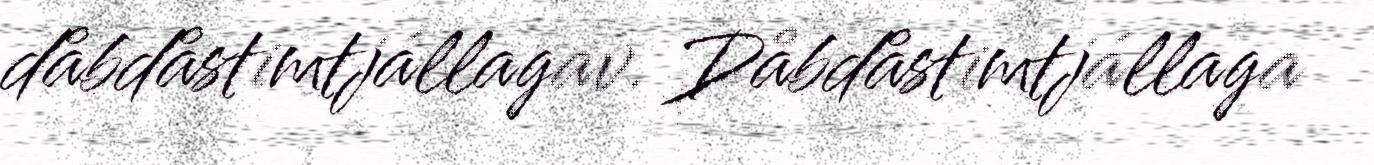
dåbdåstimtjállagav. Dåbdåstimtjállaga